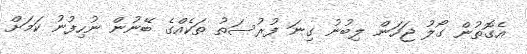
އެގޮތުން ގޯލު ޖަހަން ލިބުނު ގިނަ ފުރުސަތު ތަކެއްގެ ބޭނުން ނުހިފުނު ކަމަށް